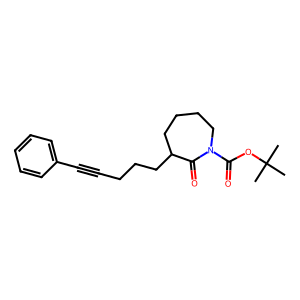
SMILES: CC(C)(C)OC(=O)N1CCCCC(CCCC#Cc2ccccc2)C1=O
Inhibits HIV replication: No